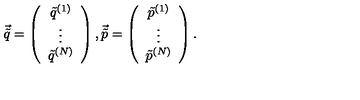
\vec { \tilde { q } } = \left( \begin{array} { c } { \tilde { q } ^ { ( 1 ) } } \\ { \vdots } \\ { \tilde { q } ^ { ( N ) } } \\ \end{array} \right) , \vec { \tilde { p } } = \left( \begin{array} { c } { \tilde { p } ^ { ( 1 ) } } \\ { \vdots } \\ { \tilde { p } ^ { ( N ) } } \\ \end{array} \right) .